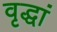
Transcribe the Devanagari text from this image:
वृद्धां